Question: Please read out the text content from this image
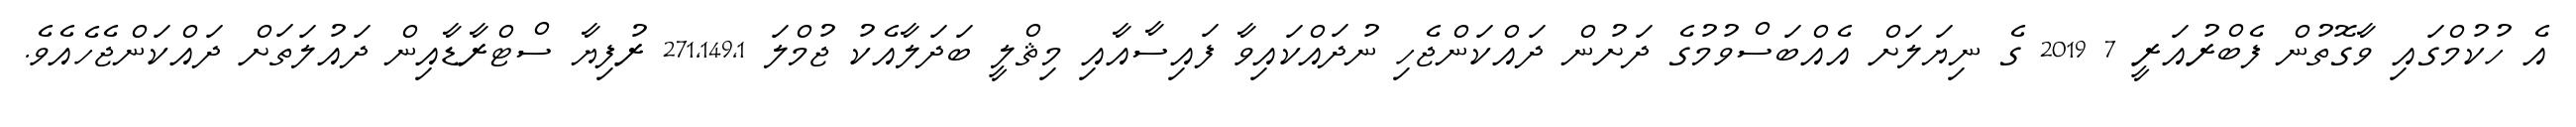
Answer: އެ ހުކުމްގައި ވާގޮތުން ފެބްރުއަރީ 7 2019 ގެ ނިޔަލަށް އެއްބަސްވުމުގެ ދަށުން ދައްކަންޖެހި ނުދައްކައިވާ ފައިސާއާއި މިޘްލީ ބަދަލާއެކު ޖުމްލަ 271,149,1 ރުފިޔާ ސްޓްރާޑާއިން ދައުލަތަށް ދައްކަންޖެހެއެވެ.